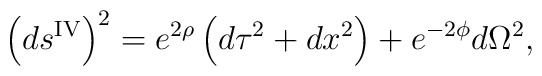
\left( ds^{{\rm IV}} \right)^2 = e^{2\rho} \left( d\tau^2 +  d x^2 \right) + e^{-2\phi} d\Omega^2,